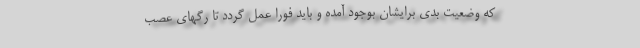
که وضعیت بدی برایشان بوجود آمده و باید فورا عمل گردد تا رگهای عصب